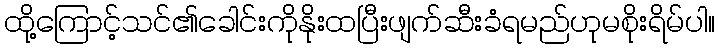
ထို့ကြောင့်သင်၏ခေါင်းကိုနိုးထပြီးဖျက်ဆီးခံရမည်ဟုမစိုးရိမ်ပါ။